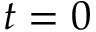
t = 0